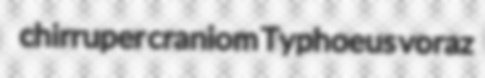
chirruper craniom Typhoeus voraz